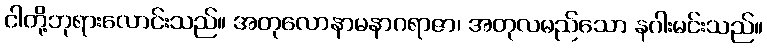
ငါတို့ဘုရားလောင်းသည်။ အတုလောနာမနာဂရာဇာ၊ အတုလမည်သော နဂါးမင်းသည်။